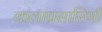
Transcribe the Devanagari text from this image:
कलाप्रसारिणी